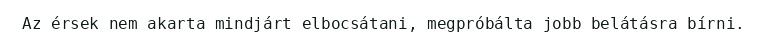
Az érsek nem akarta mindjárt elbocsátani, megpróbálta jobb belátásra bírni.